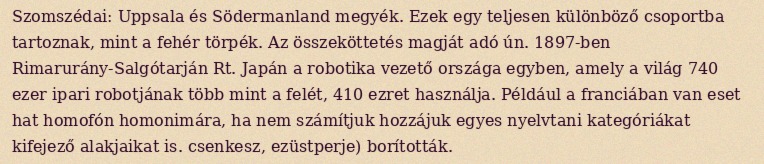
Szomszédai: Uppsala és Södermanland megyék. Ezek egy teljesen különböző csoportba tartoznak, mint a fehér törpék. Az összeköttetés magját adó ún. 1897-ben Rimarurány-Salgótarján Rt. Japán a robotika vezető országa egyben, amely a világ 740 ezer ipari robotjának több mint a felét, 410 ezret használja. Például a franciában van eset hat homofón homonimára, ha nem számítjuk hozzájuk egyes nyelvtani kategóriákat kifejező alakjaikat is. csenkesz, ezüstperje) borították.